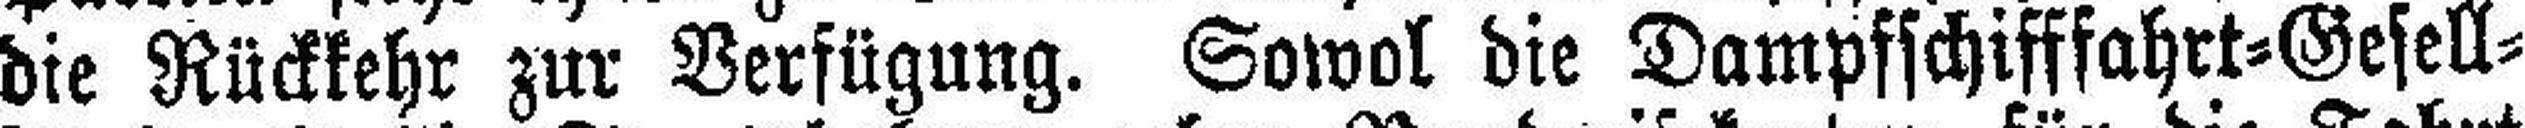
die Rückkehr zur Verfügung. Sowol die Dampfschifffahrt=Gesell¬